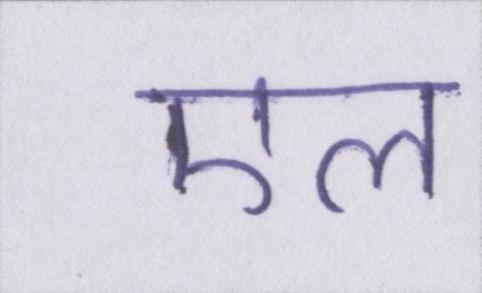
एल